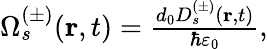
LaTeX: \begin{array}{r}{\Omega_{s}^{(\pm)}(\textbf{r},t)=\frac{d_{0}D_{s}^{(\pm)}(\textbf{r},t)}{\hbar\varepsilon_{0}},}\end{array}